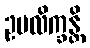
ဥပလိက္ခန္တိ